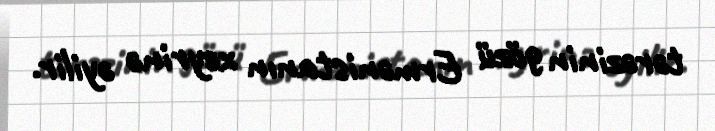
tərəzinin gözü Ermənistanın xeyrinə əyilir.